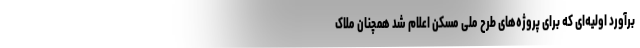
برآورد اولیه‌ای که برای پروژه‌های طرح ملی مسکن اعلام شد همچنان ملاک